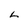
Character: L